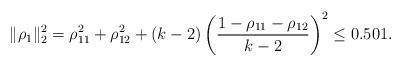
LaTeX: \begin{align*}\|\rho_1\|_2^2= \rho_{11}^2+\rho_{12}^2+(k-2)\left(\frac{1-\rho_{11}-\rho_{12}}{k-2}\right)^2\le 0.501.\end{align*}